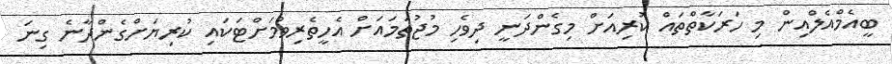
ބީއެމްއެލްއިން މި ހަރަކާތްތައް ކުރިއަށް މިގެންދަނީ ދިވެހި މުޖުތަމައަށް އެހީތެރިވުމަށްޓަކައި ކުރިޔަށްގެންދާނެ ގިނަ